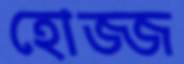
হোজ্জ